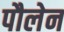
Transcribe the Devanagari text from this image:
पौलेन